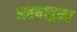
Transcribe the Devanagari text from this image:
अष्टधातुका